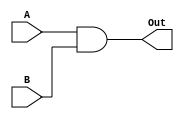
module AND(A, B, Out);
	input [15:0] A;
	input [15:0] B;
	
	output [15:0] Out;
	reg Out;
	
	always @(*) begin
		Out = A & B; // and
	end
endmodule